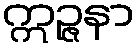
ဣဉ္ဇနာ